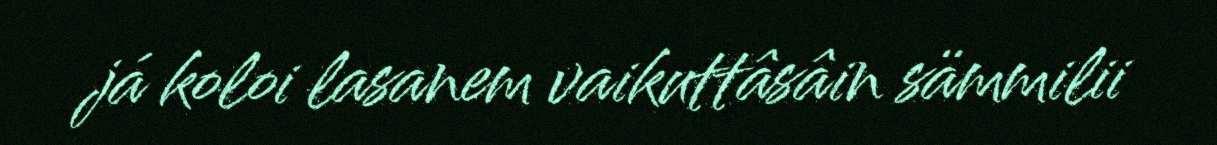
já koloi lasanem vaikuttâsâin sämmilii